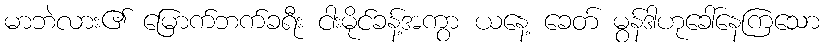
မာဘဲလား၏ မြောက်ဘက်ခရီး ငါးမိုင်ခန့်အကွာ ယနေ့ ခေတ် မွန်ဒါဟုခေါ်နေကြသော